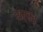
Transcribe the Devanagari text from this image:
सर्वत्